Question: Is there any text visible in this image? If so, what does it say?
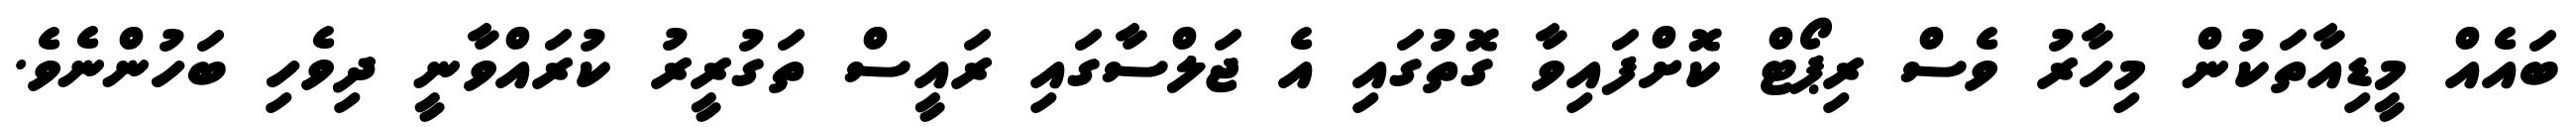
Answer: ބައެއް މީޑިއާތަކުން މިހާރު ވެސް ރިޕޯޓް ކޮށްފައިވާ ގޮތުގައި އެ ޖަލްސާގައި ރައީސް ތަގުރީރު ކުރައްވާނީ ދިވެހި ބަހުންނެވެ.